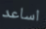
اساعد